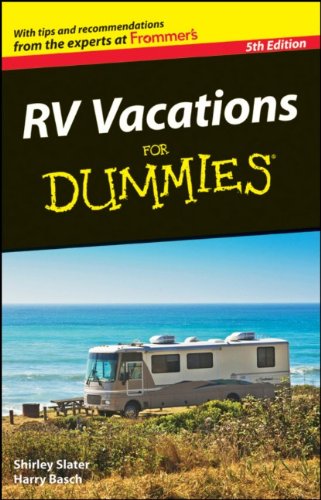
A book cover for RV Vacations For Dummies; Shirley Slater; Engineering & Transportation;